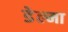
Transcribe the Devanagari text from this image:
डेल्मा